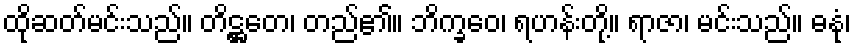
ထိုဆတ်မင်းသည်။ တိဋ္ဌတေ၊ တည်၏။ ဘိက္ခဝေ၊ ရဟန်းတို့။ ရာဇာ၊ မင်းသည်။ ဓနုံ၊